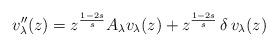
LaTeX: \begin{align*} v''_{\lambda}(z) = z^{\frac{1-2s}{s}} A_{\lambda}v_{\lambda}(z) + z^{\frac{1-2s}{s}}\,\delta\, v_{\lambda}(z)\qquad \end{align*}